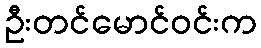
ဦးတင်မောင်ဝင်းက